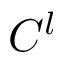
C ^ { l }